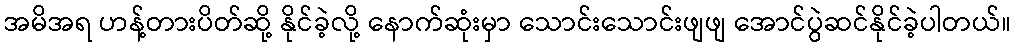
အမိအရ ဟန့်တားပိတ်ဆို့ နိုင်ခဲ့လို့ နောက်ဆုံးမှာ သောင်းသောင်းဖျဖျ အောင်ပွဲဆင်နိုင်ခဲ့ပါတယ်။